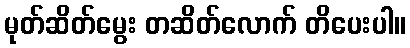
မုတ်ဆိတ်မွေး တဆိတ်လောက် တိပေးပါ။